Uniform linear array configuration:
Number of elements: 4
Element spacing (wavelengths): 1
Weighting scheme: blackman
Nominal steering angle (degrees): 0
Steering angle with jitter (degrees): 0.8914
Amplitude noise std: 0.05
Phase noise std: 0.05

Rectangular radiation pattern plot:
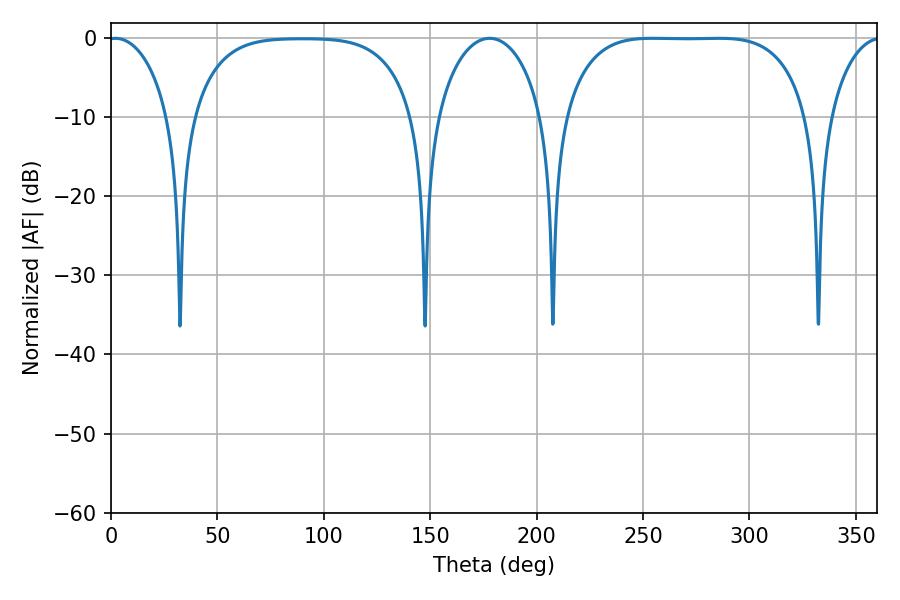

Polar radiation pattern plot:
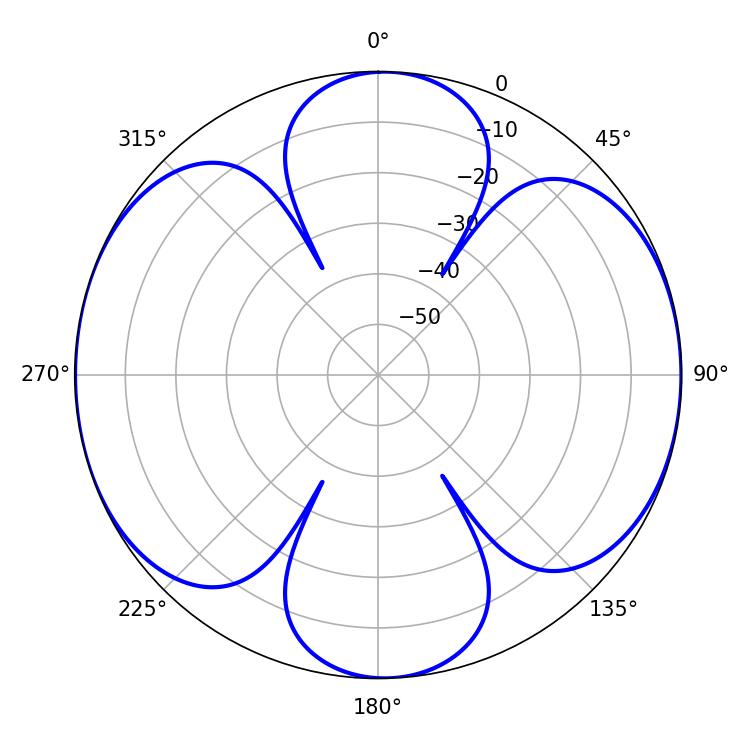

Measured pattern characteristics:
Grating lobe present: TRUE
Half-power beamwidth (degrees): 88.92
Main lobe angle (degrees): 254.52